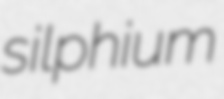
silphium